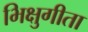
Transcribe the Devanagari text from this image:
भिक्षुगीता